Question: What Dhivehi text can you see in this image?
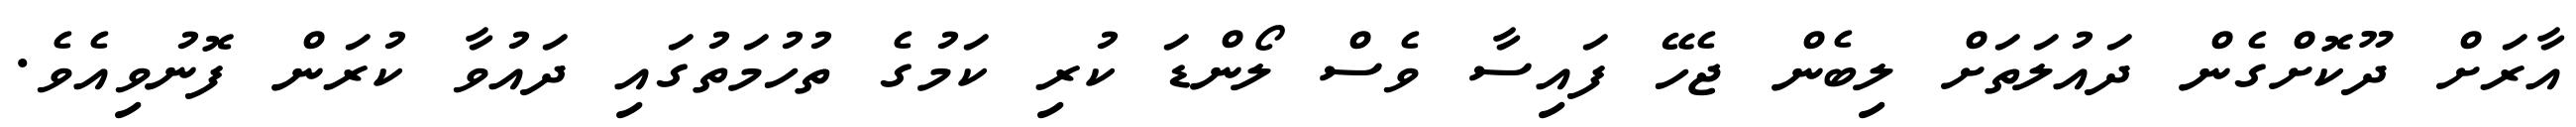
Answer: އާރަށް ދޫކޮށްގެން ދައުލަތަށް ލިބެން ޖެހޭ ފައިސާ ވެސް ލޯންޑަ ކުރި ކަމުގެ ތުހުމަތުގައި ދައުވާ ކުރަން ފޮނުވިއެވެ.